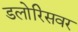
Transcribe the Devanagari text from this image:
डलोरिसवर